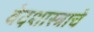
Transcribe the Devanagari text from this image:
वेदशास्त्राचे